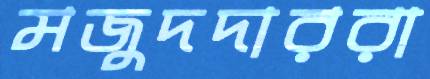
মজুদদাররা